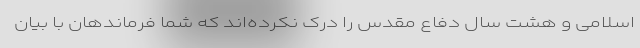
اسلامی و هشت سال دفاع مقدس را درک نکرده‌اند که شما فرماندهان با بیان